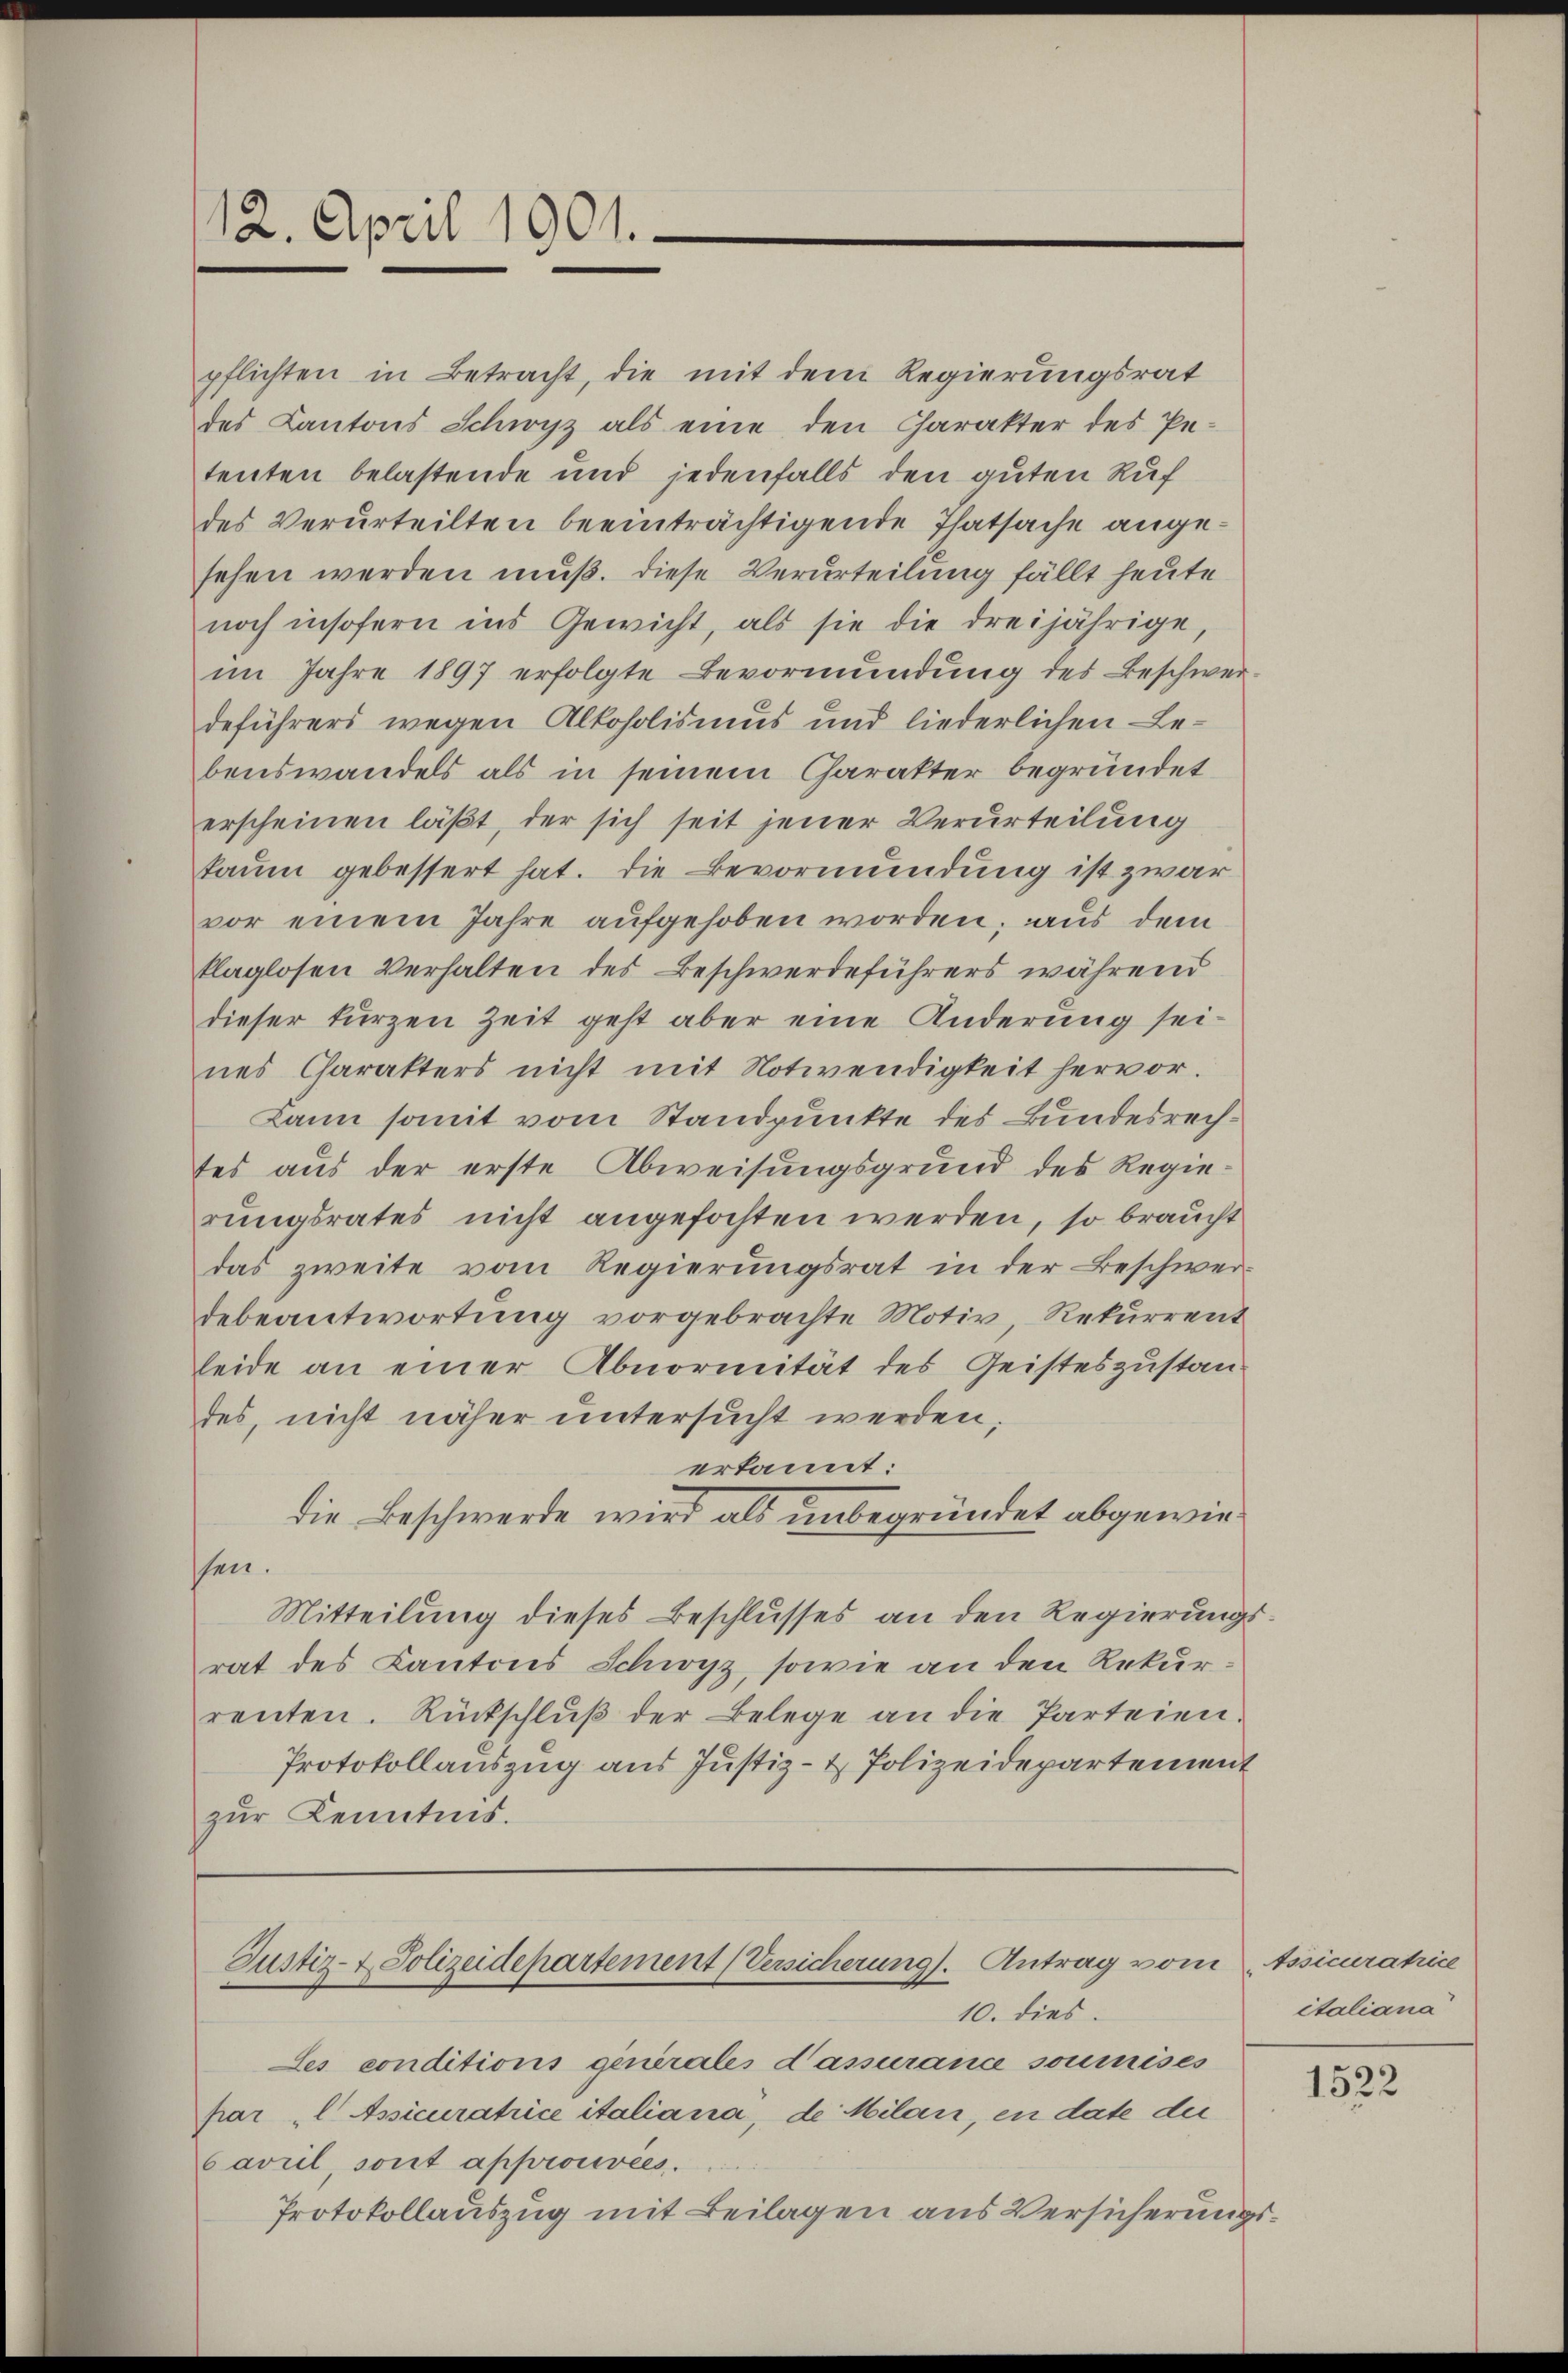
12. April 1901.

Justiz- & Polizeidepartement (Versicherung). Antrag vom
10. dies

pflichten in Betracht, die mit dem Regierungsrat
des Kantons Schwyz als eine den Charakter des Petenten belastende und jedenfalls den guten Ruf
des Verurteilten beeinträchtigende Thatsache angesehen werden muß. Diese Verurteilung fällt heute
noch insofern ins Gewicht, als sie die dreijährige,
im Jahre 1897 erfolgte Bevormundung des Beschwer-
deführers wegen Alkoholismus und liederlichen Bebenswandels als in seinem Charakter begründet
erscheinen läßt, der sich seit jener Verurteilung
kaum gebessert hat. Die Bevormundung ist zwar
vor einem Jahre aufgehoben worden; aus dem
klaglosen Verhalten des Beschwerdeführers während
dieser kurzen Zeit geht aber eine Änderung seines Charakters nicht mit Notwendigkeit hervor.
Dann somit vom Standpunkte des Bundesrechtes aus der erste Abweisungsgrund des Regierungsrates nicht angefochten werden, so braucht
das zweite vom Regierungsrat in der Beschwer
debeantwortung vorgebrachte Motiv Rekurrent
leide an einer Abnormität des Geisteszustandes, nicht näher untersucht werden,
erkannt:
die Beschwerde wird als unbegründet abgewiessen.
Mitteilung dieses Beschlusses an den Regierungs
rat des Kantons Schwyz, sowie an den Rekurrenten. Rückschlŭβ der Belege an die Parteien.
Protokollauszug aus Justiz- & Polizeidepartement
zur Kenntnis.

Les conditions generales d’assurance soumises
par „l Assicuratrice italiana, de Milan, en date der
Cavril sont approuvées.
Protokollauszug mit Beilagen aus Versicherungs¬

tssicuratrice
italiana

1522